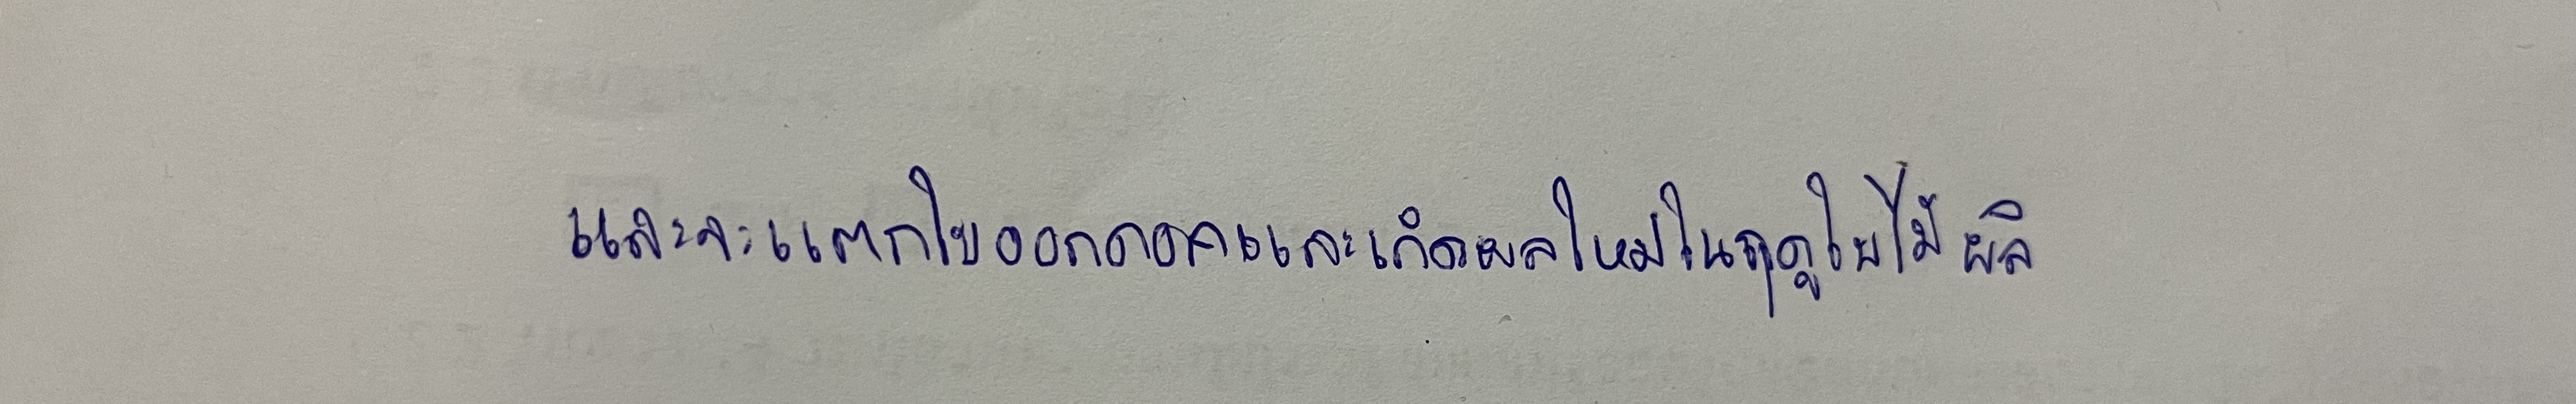
และจะแตกใบออกดอกและเกิดผลใหม่ในฤดูใบไม้ผลิ